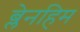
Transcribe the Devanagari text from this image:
ब्लेनहिम